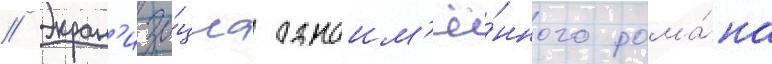
// Экран'иза́циа одноим'ё́нного рома́на